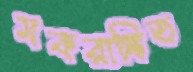
মকরাঙ্কিত